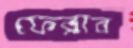
ফেরাব